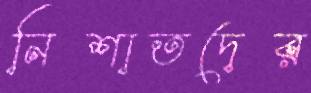
নিশাতদের